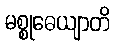
မစ္စုဓေယျာတိ